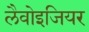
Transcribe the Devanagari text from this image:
लैवोइजियर